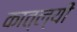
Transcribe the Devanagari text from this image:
कात्ल्यीं